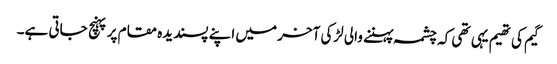
گیم کی تھیم یہی تھی کہ چشمہ پہننے والی لڑکی آخر میں اپنے پسندیدہ مقام پر پہنچ جاتی ہے۔